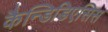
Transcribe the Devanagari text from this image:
कैन्डिडिएसिस